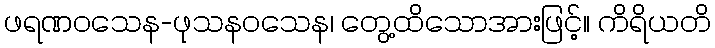
ဖရဏဝသေန-ဖုသနဝသေန၊ တွေ့ထိသောအားဖြင့်။ ကိရိယတိ